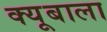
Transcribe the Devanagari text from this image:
क्यूबाला